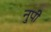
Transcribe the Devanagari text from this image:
नुपी